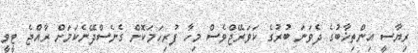
ރިޔާސީ އިންތިޚާބުގެ ދެވަނަ ބުރުގެ ކަވަރޭޖްވެސް މިހާ ފުރިހަމަކޮށް ގެނެސްދޭނެކަމަށް ރާއްޖެ ޓީވީ